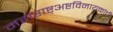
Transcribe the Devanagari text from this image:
महाराष्ट्अष्टविनायकांची